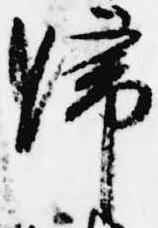
帰